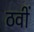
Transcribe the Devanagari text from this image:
ठवीं